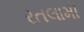
રતલામી